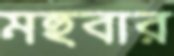
মহুবার